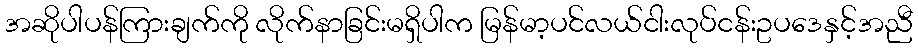
အဆိုပါပန်ကြားချက်ကို လိုက်နာခြင်းမရှိပါက မြန်မာ့ပင်လယ်ငါးလုပ်ငန်းဥပဒေနှင့်အညီ